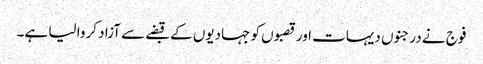
فوج نے درجنوں دیہات اور قصبوں کو جہادیوں کے قبضے سے آزاد کروا لیا ہے۔